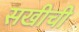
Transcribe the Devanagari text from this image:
सखीची